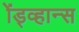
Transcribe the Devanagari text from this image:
ॲड्व्हान्स